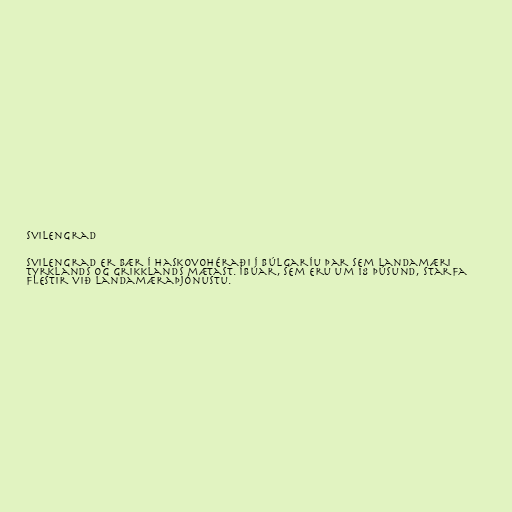
Svilengrad

Svilengrad er bær í Haskovohéraði í Búlgaríu þar sem landamæri
Tyrklands og Grikklands mætast. Íbúar, sem eru um 18 þúsund, starfa
flestir við landamæraþjónustu.